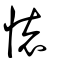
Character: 懷